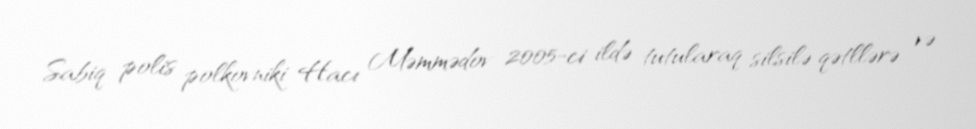
Sabiq polis polkovniki Hacı Məmmədov 2005-ci ildə tutularaq silsilə qətllərə və